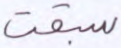
سبقت